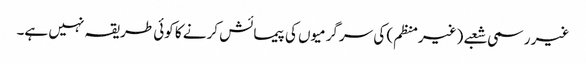
غیر رسمی شعبے (غیرمنظم) کی سرگرمیوں کی پیمائش کرنے کا کوئی طریقہ نہیں ہے۔